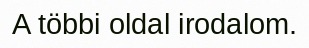
A többi oldal irodalom.